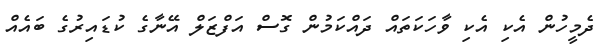
ދެމީހުން އެކި އެކި ވާހަކަތައް ދައްކަމުން ގޮސް އަފްޒަލް އޭނާގެ ކުޑައިރުގެ ބައެއް